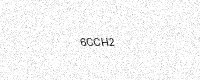
Text: 6CCH2